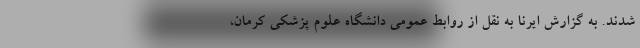
شدند. به گزارش ایرنا به نقل از روابط عمومی دانشگاه علوم پزشکی کرمان،